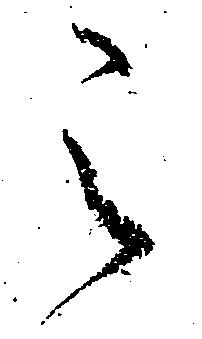
之